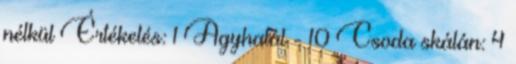
nélkül Értékelés: 1 Agyhalál - 10 Csoda skálán: 4